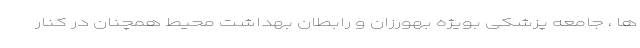
ها ، جامعه پزشکی بویژه بهورزان و رابطان بهداشت محیط همچنان در کنار